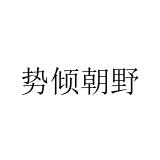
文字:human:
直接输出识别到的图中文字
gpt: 势倾朝野